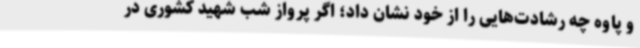
و پاوه چه رشادت‌هایی را از خود نشان داد؛ اگر پرواز شب شهید کشوری در